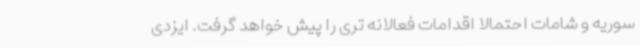
سوریه و شامات احتمالا اقدامات فعالانه تری را پیش خواهد گرفت. ایزدی